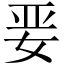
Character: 𱙎